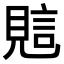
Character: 𧠻